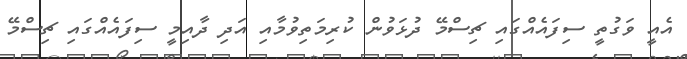
އެއީ ވަގުތީ ސިފައެއްގައި ޗިސްމޭ ދުޅަވުން ކުރިމަތިވުމާއި އަދި ދާއިމީ ސިފައެއްގައި ޗިސްމޭ